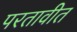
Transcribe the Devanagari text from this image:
परतावीत